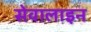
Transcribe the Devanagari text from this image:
सेवालाइन